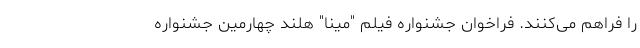
را فراهم می‌کنند. فراخوان جشنواره فیلم "مینا" هلند چهارمين جشنواره